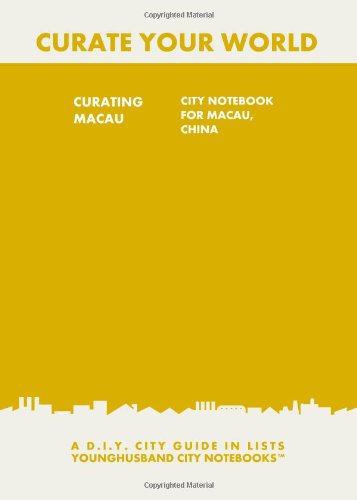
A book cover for Curating Macau: City Notebook For Macau, China: A D.I.Y. City Guide In Lists (Curate Your World); Younghusband City Notebooks; Travel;